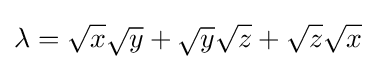
\lambda ={\sqrt {x}}{\sqrt {y}}+{\sqrt {y}}{\sqrt {z}}+{\sqrt {z}}{\sqrt {x}}